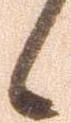
候